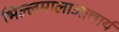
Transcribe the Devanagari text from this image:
भिल्लमालाआचार्य